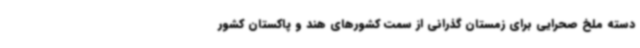
دسته ملخ صحرایی برای زمستان گذرانی از سمت کشورهای هند و پاکستان کشور